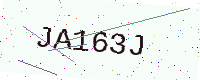
Text: JA163J